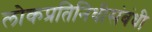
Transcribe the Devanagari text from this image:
लोकप्रतिनिधीसंबंधी